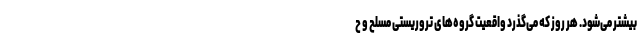
بیشتر می‌شود. هر روز که می‌گذرد واقعیت گروه‌های تروریستی مسلح و ح